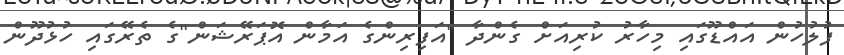
ފުލުހުން އައްޑޫގައި މިހާރު ކުރިއަށް ގެންދާ "އަފިރިންގެ އަމާން އޮޕަރޭޝަން"ގެ ތެރޭގައި ހުޅުދޫން